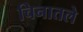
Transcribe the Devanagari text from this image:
चिनातले